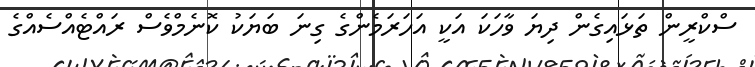
ސްކްރީން ތަޅައިގެން ދިޔަ ވާހަކަ އަކީ އަހަރަމެންގެ ގިނަ ބަޔަކު ކޮނެމްވެސް ރައްޓެއްސެއްގެ